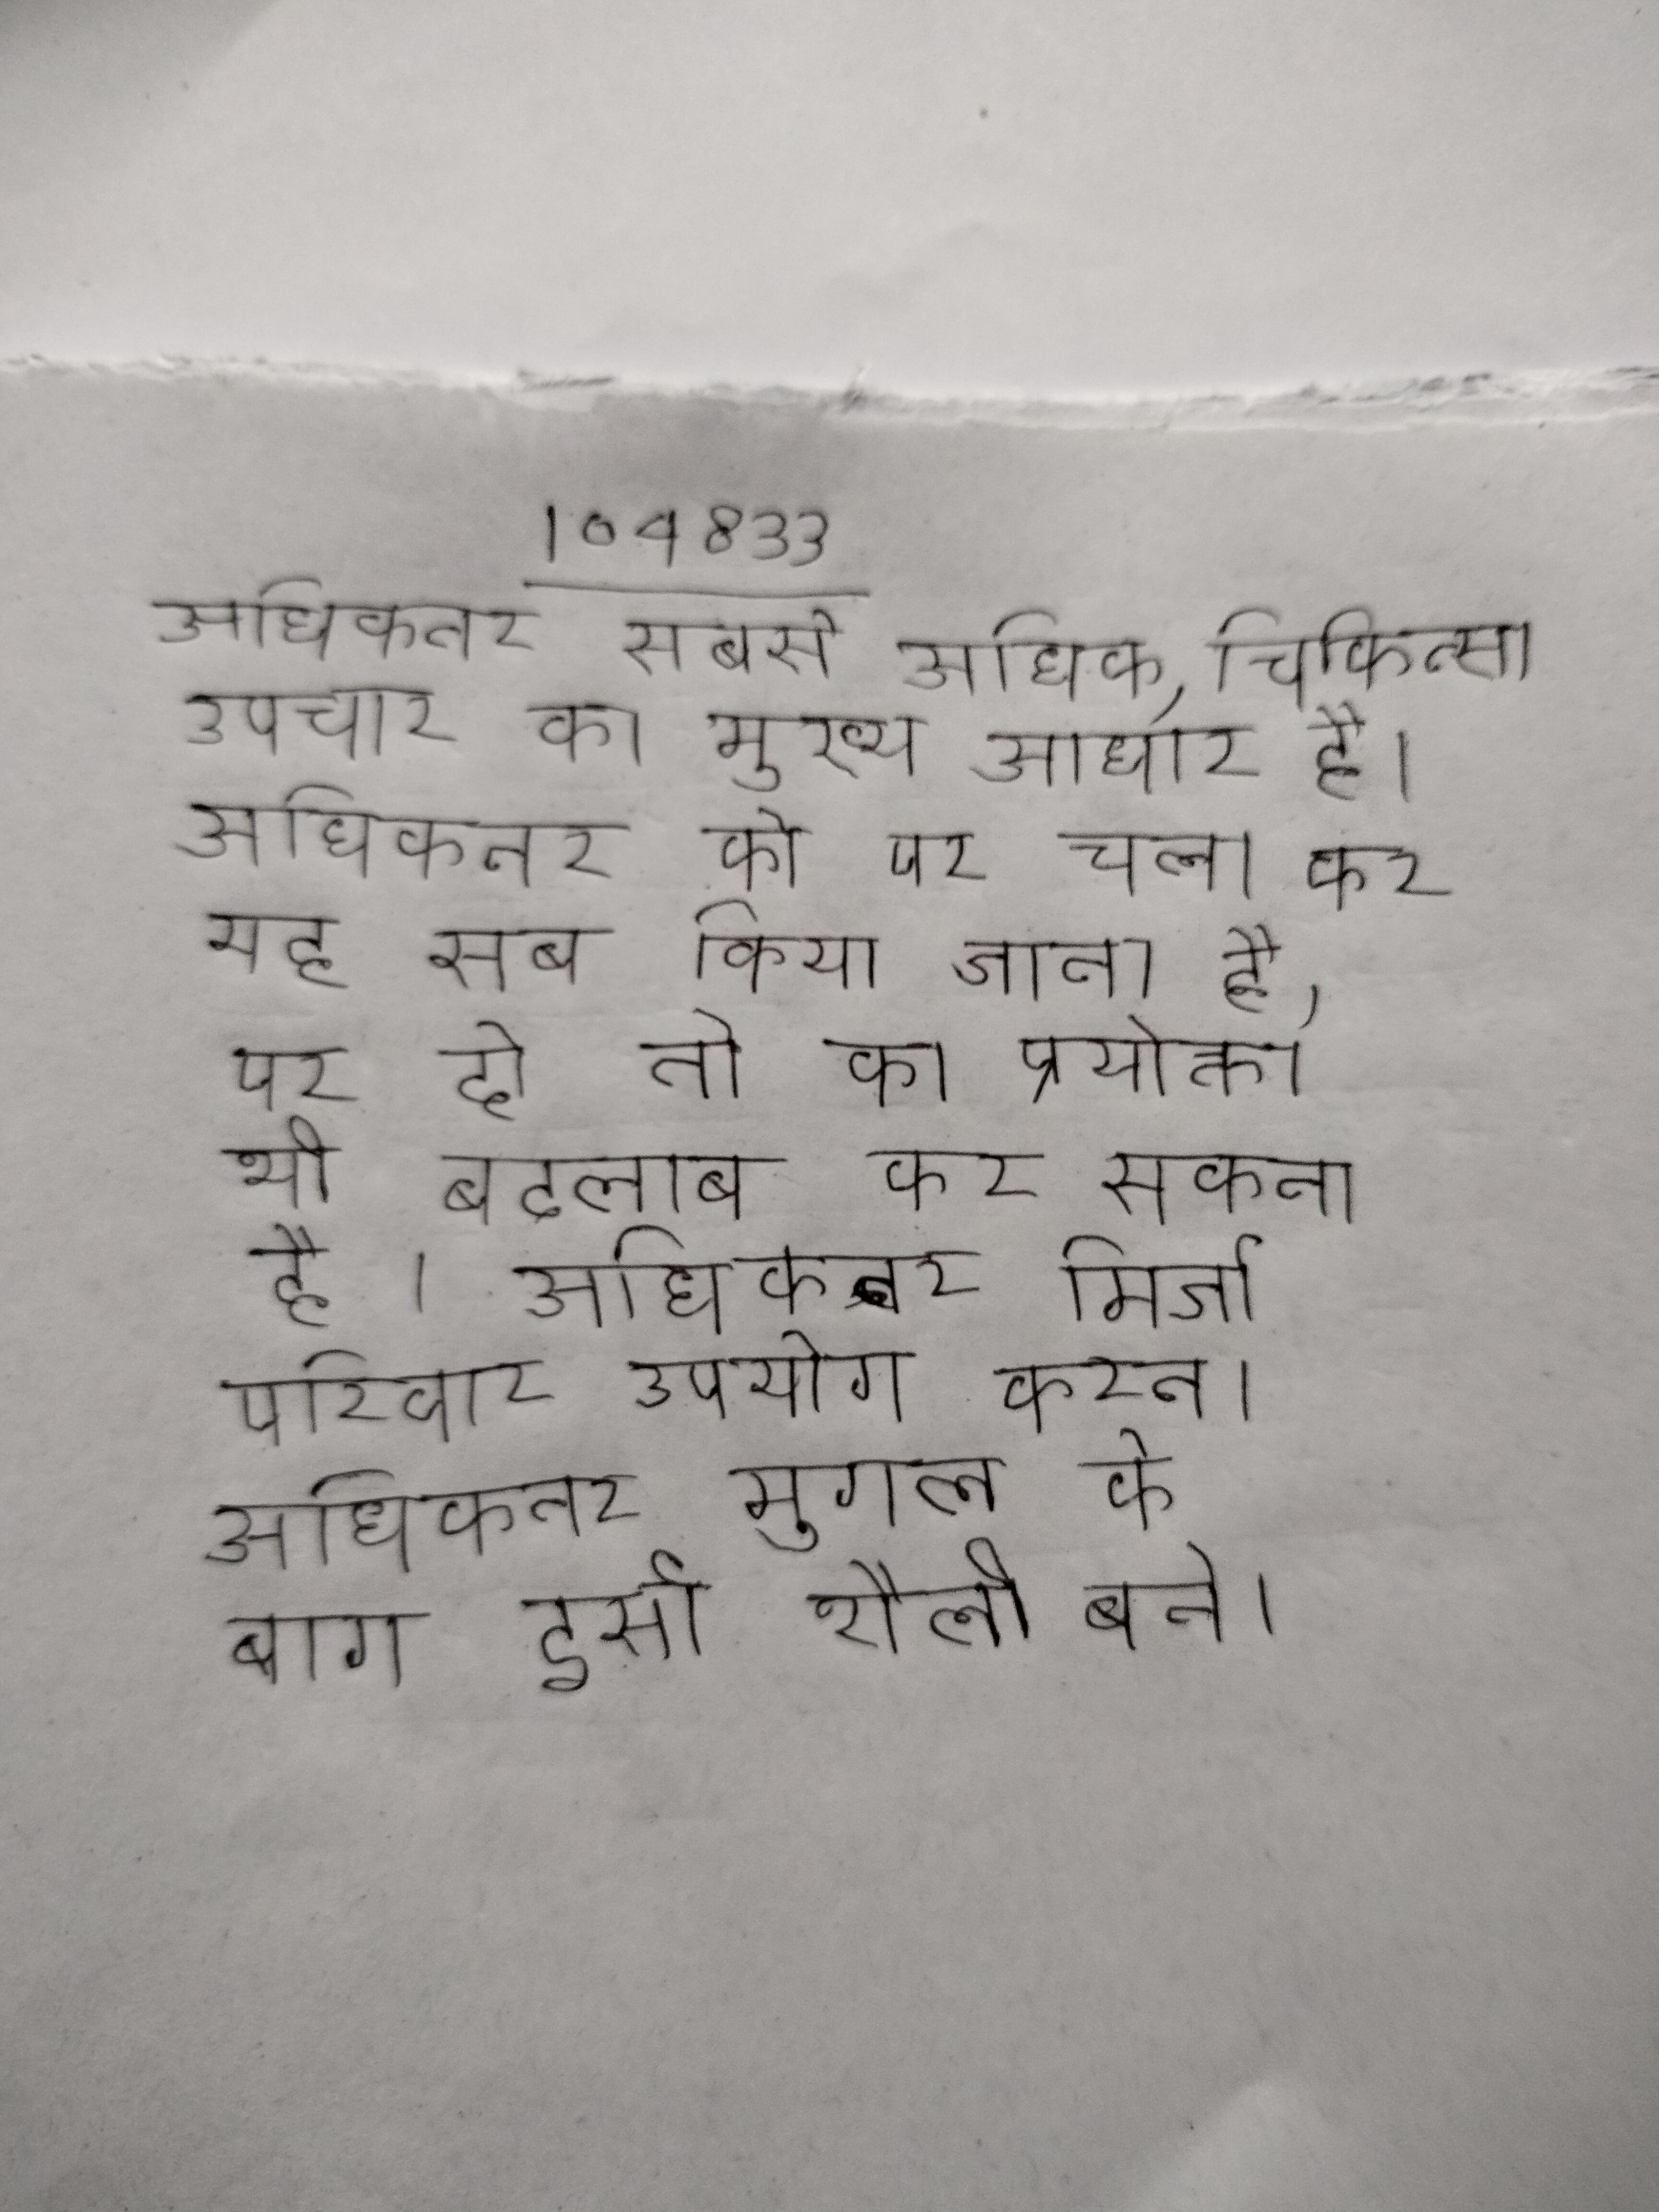
अधिकतर सबसे अधिक, चिकित्सा उपचार का मुख्य आधार है । अधिकतर को पर चला कर यह सब किया जाता है, पर हो तो का प्रयोक्ता भी बदलाव कर सकता है । अधिकतर मिर्जा परिवार उपयोग करते । अधिकतर मुगल के बाग इसी शैली बने ।